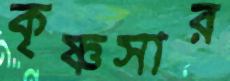
কৃষ্ণসার